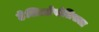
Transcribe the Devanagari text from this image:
हेलिओपोलिसला